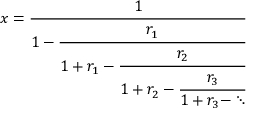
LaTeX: x = { \cfrac { 1 } { 1 - { \cfrac { r _ { 1 } } { 1 + r _ { 1 } - { \cfrac { r _ { 2 } } { 1 + r _ { 2 } - { \cfrac { r _ { 3 } } { 1 + r _ { 3 } - \ddots } } } } } } } }